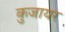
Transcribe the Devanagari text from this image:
कुजायर